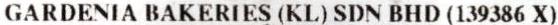
GARDENIA BAKERIES (KL) SDN BHD (139386 X)